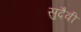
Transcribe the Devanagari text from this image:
सुदैवी